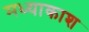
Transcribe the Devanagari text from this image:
मध्याकाश